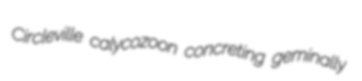
Circleville calycozoon concreting geminally